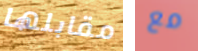
مقابلها مع